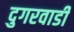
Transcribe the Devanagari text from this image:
दुगरवाडी